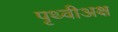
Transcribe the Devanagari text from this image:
पृथ्वीअक्ष